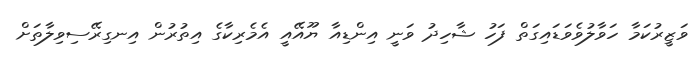
ވަޒީރުކަމާ ހަވާލުވެވަޑައިގަތް ފަހު ޝާހިދު ވަނީ އިންޑިއާ ޔޫއޭއީ އެމެރިކާގެ އިތުރުން އިނގިރޭސިވިލާތަށް